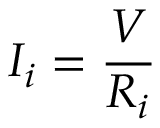
I _ { i } = { \frac { V } { R _ { i } } }